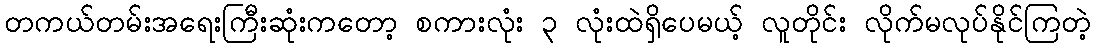
တကယ်တမ်းအရေးကြီးဆုံးကတော့ စကားလုံး ၃ လုံးထဲရှိပေမယ့် လူတိုင်း လိုက်မလုပ်နိုင်ကြတဲ့